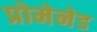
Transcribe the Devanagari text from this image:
प्रोमेनेड